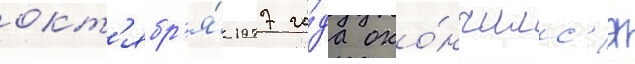
окт'ябр'я́ 1977 го́да око́нчилс'я